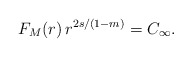
\begin{align*} F_M(r)\,r^{2s/(1-m)}=C_\infty.\end{align*}